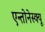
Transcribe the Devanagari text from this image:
एन्तोनेस्क्यू